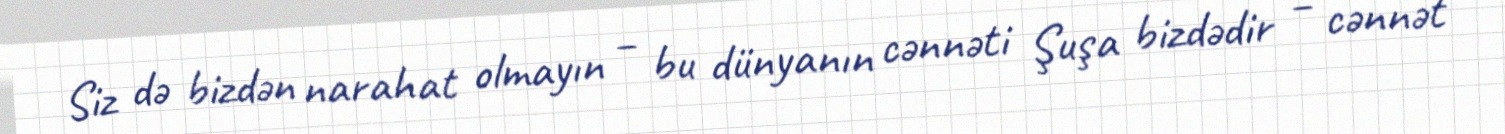
Siz də bizdən narahat olmayın – bu dünyanın cənnəti Şuşa bizdədir – cənnət